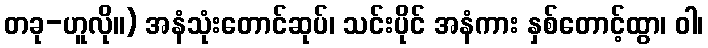
တခု-ဟူလို။) အနံသုံးတောင်ဆုပ်၊ သင်းပိုင် အနံကား နှစ်တောင့်ထွာ၊ ဝါ၊